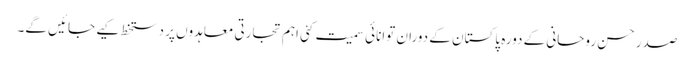
صدر حسن روحانی کے دورہ پاکستان کے دوران توانائی سمیت کئی اہم تجارتی معاہدوں پر دستخط کیے جائیں گے۔